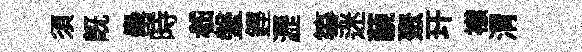
須既罍時嵇鞶鏗瀝筝迷藐聚玕襟渭